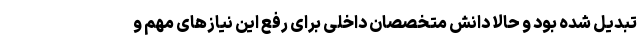
تبدیل شده بود و حالا دانش متخصصان داخلی برای رفع این نیازهای مهم و